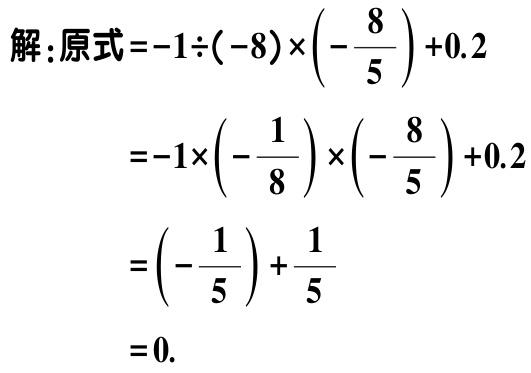
解：原式\(=-1\div(-8)\times\left(-\dfrac{8}{5}\right)+0.2\)
\(=-1\times\left(-\dfrac{1}{8}\right)\times\left(-\dfrac{8}{5}\right)+0.2\)
\(=\left(-\dfrac{1}{5}\right)+\dfrac{1}{5}\)
\(=0.\)